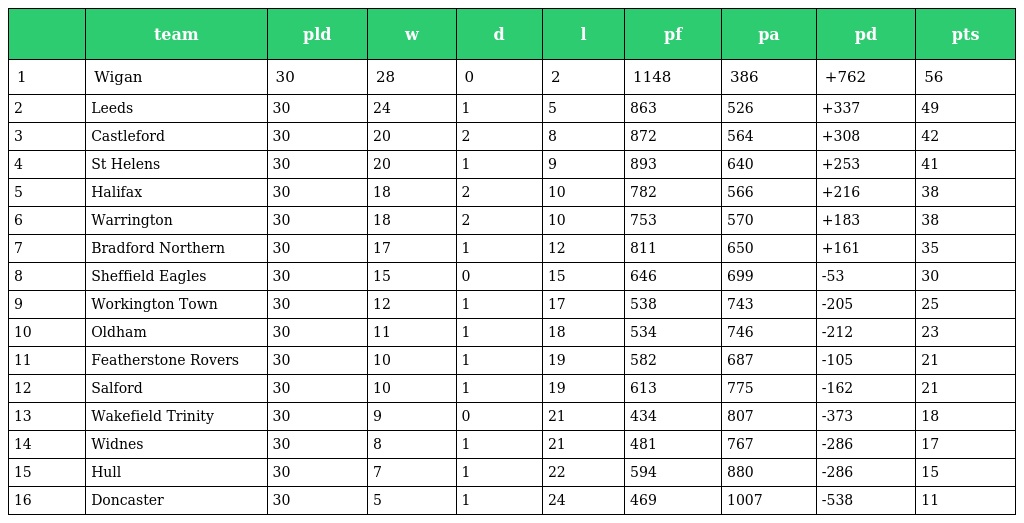
|  | team | pld | w | d | l | pf | pa | pd | pts |
 | --- | --- | --- | --- | --- | --- | --- | --- | --- | --- |
 | 1 | Wigan | 30 | 28 | 0 | 2 | 1148 | 386 | +762 | 56 |
 | 2 | Leeds | 30 | 24 | 1 | 5 | 863 | 526 | +337 | 49 |
 | 3 | Castleford | 30 | 20 | 2 | 8 | 872 | 564 | +308 | 42 |
 | 4 | St Helens | 30 | 20 | 1 | 9 | 893 | 640 | +253 | 41 |
 | 5 | Halifax | 30 | 18 | 2 | 10 | 782 | 566 | +216 | 38 |
 | 6 | Warrington | 30 | 18 | 2 | 10 | 753 | 570 | +183 | 38 |
 | 7 | Bradford Northern | 30 | 17 | 1 | 12 | 811 | 650 | +161 | 35 |
 | 8 | Sheffield Eagles | 30 | 15 | 0 | 15 | 646 | 699 | -53 | 30 |
 | 9 | Workington Town | 30 | 12 | 1 | 17 | 538 | 743 | -205 | 25 |
 | 10 | Oldham | 30 | 11 | 1 | 18 | 534 | 746 | -212 | 23 |
 | 11 | Featherstone Rovers | 30 | 10 | 1 | 19 | 582 | 687 | -105 | 21 |
 | 12 | Salford | 30 | 10 | 1 | 19 | 613 | 775 | -162 | 21 |
 | 13 | Wakefield Trinity | 30 | 9 | 0 | 21 | 434 | 807 | -373 | 18 |
 | 14 | Widnes | 30 | 8 | 1 | 21 | 481 | 767 | -286 | 17 |
 | 15 | Hull | 30 | 7 | 1 | 22 | 594 | 880 | -286 | 15 |
 | 16 | Doncaster | 30 | 5 | 1 | 24 | 469 | 1007 | -538 | 11 |